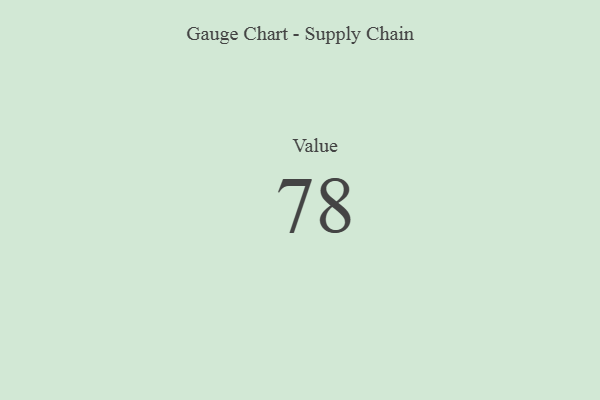
{"axis": {"x": "Metric", "y": "Value"}, "legend": [""], "data": [{"x": "Value", "y": 78, "type": ""}]}